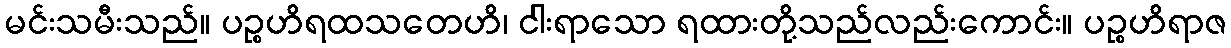
မင်းသမီးသည်။ ပဉ္စဟိရထသတေဟိ၊ ငါးရာသော ရထားတို့သည်လည်းကောင်း။ ပဉ္စဟိရာဇ